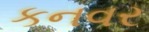
કનવર